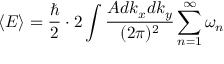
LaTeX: \langle E \rangle = { \frac { \hbar } { 2 } } \cdot 2 \int { \frac { A d k _ { x } d k _ { y } } { ( 2 \pi ) ^ { 2 } } } \sum _ { n = 1 } ^ { \infty } \omega _ { n }